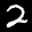
Label: 2